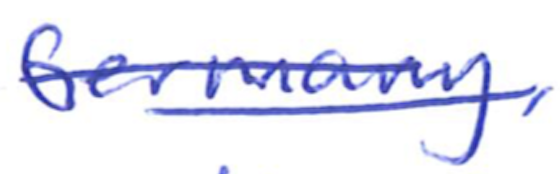
Text: Germany,
Cross-out: double-line
Writing tool: ballpoint